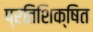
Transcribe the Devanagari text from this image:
प्रतिशिक्षित